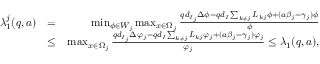
\begin{array} { r l r } { \lambda _ { 1 } ^ { j } ( q , a ) } & { = } & { \operatorname* { m i n } _ { \phi \in W _ { j } } \operatorname* { m a x } _ { x \in \Omega _ { j } } \frac { q d _ { I _ { j } } \Delta \phi - q d _ { I } \sum _ { k \neq j } L _ { k j } \phi + ( a \beta _ { j } - \gamma _ { j } ) \phi } { \phi } } \\ & { \le } & { \operatorname* { m a x } _ { x \in \Omega _ { j } } \frac { q d _ { I _ { j } } \Delta \varphi _ { j } - q d _ { I } \sum _ { k \neq j } L _ { k j } \varphi _ { j } + ( a \beta _ { j } - \gamma _ { j } ) \varphi _ { j } } { \varphi _ { j } } \le \lambda _ { 1 } ( q , a ) , } \end{array}